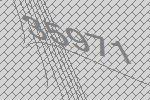
35971